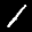
Label: 1